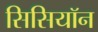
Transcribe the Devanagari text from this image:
सिसियॉन